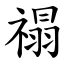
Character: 禢